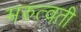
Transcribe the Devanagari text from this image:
मरुत्वती